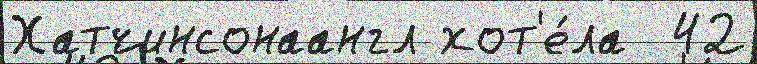
Хатчинсонаангл хот'е́ла  42